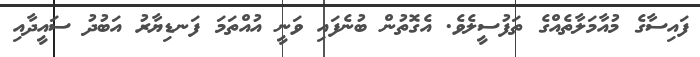
ފައިސާގެ މުއާމަލާތެއްގެ ތަފުސީލެވެ. އެގޮތުން ބުނެފައި ވަނީ އުއްތަމަ ފަނޑިޔާރު އަބުދު ސައީދާއި